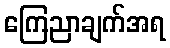
ကြေညာချက်အရ